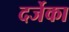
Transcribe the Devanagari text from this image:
दर्जेका